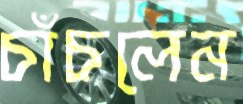
চাঁচলেন